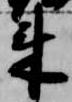
来